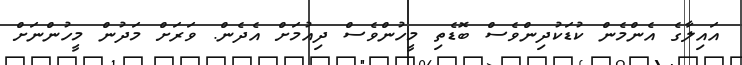
އައިލާގެ އެންމެން ކުޑަކުދިންވެސް ބޮޑެތި މީހުންވެސް ދިއުމަށް އެދެން. ވަރަށް މަދުން މީހުންނަށް